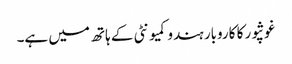
غوثپور کا کاروبار ہندو کمیونٹی کے ہاتھ میں ہے۔